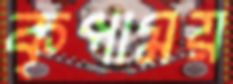
কৃপাময়